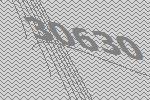
30630